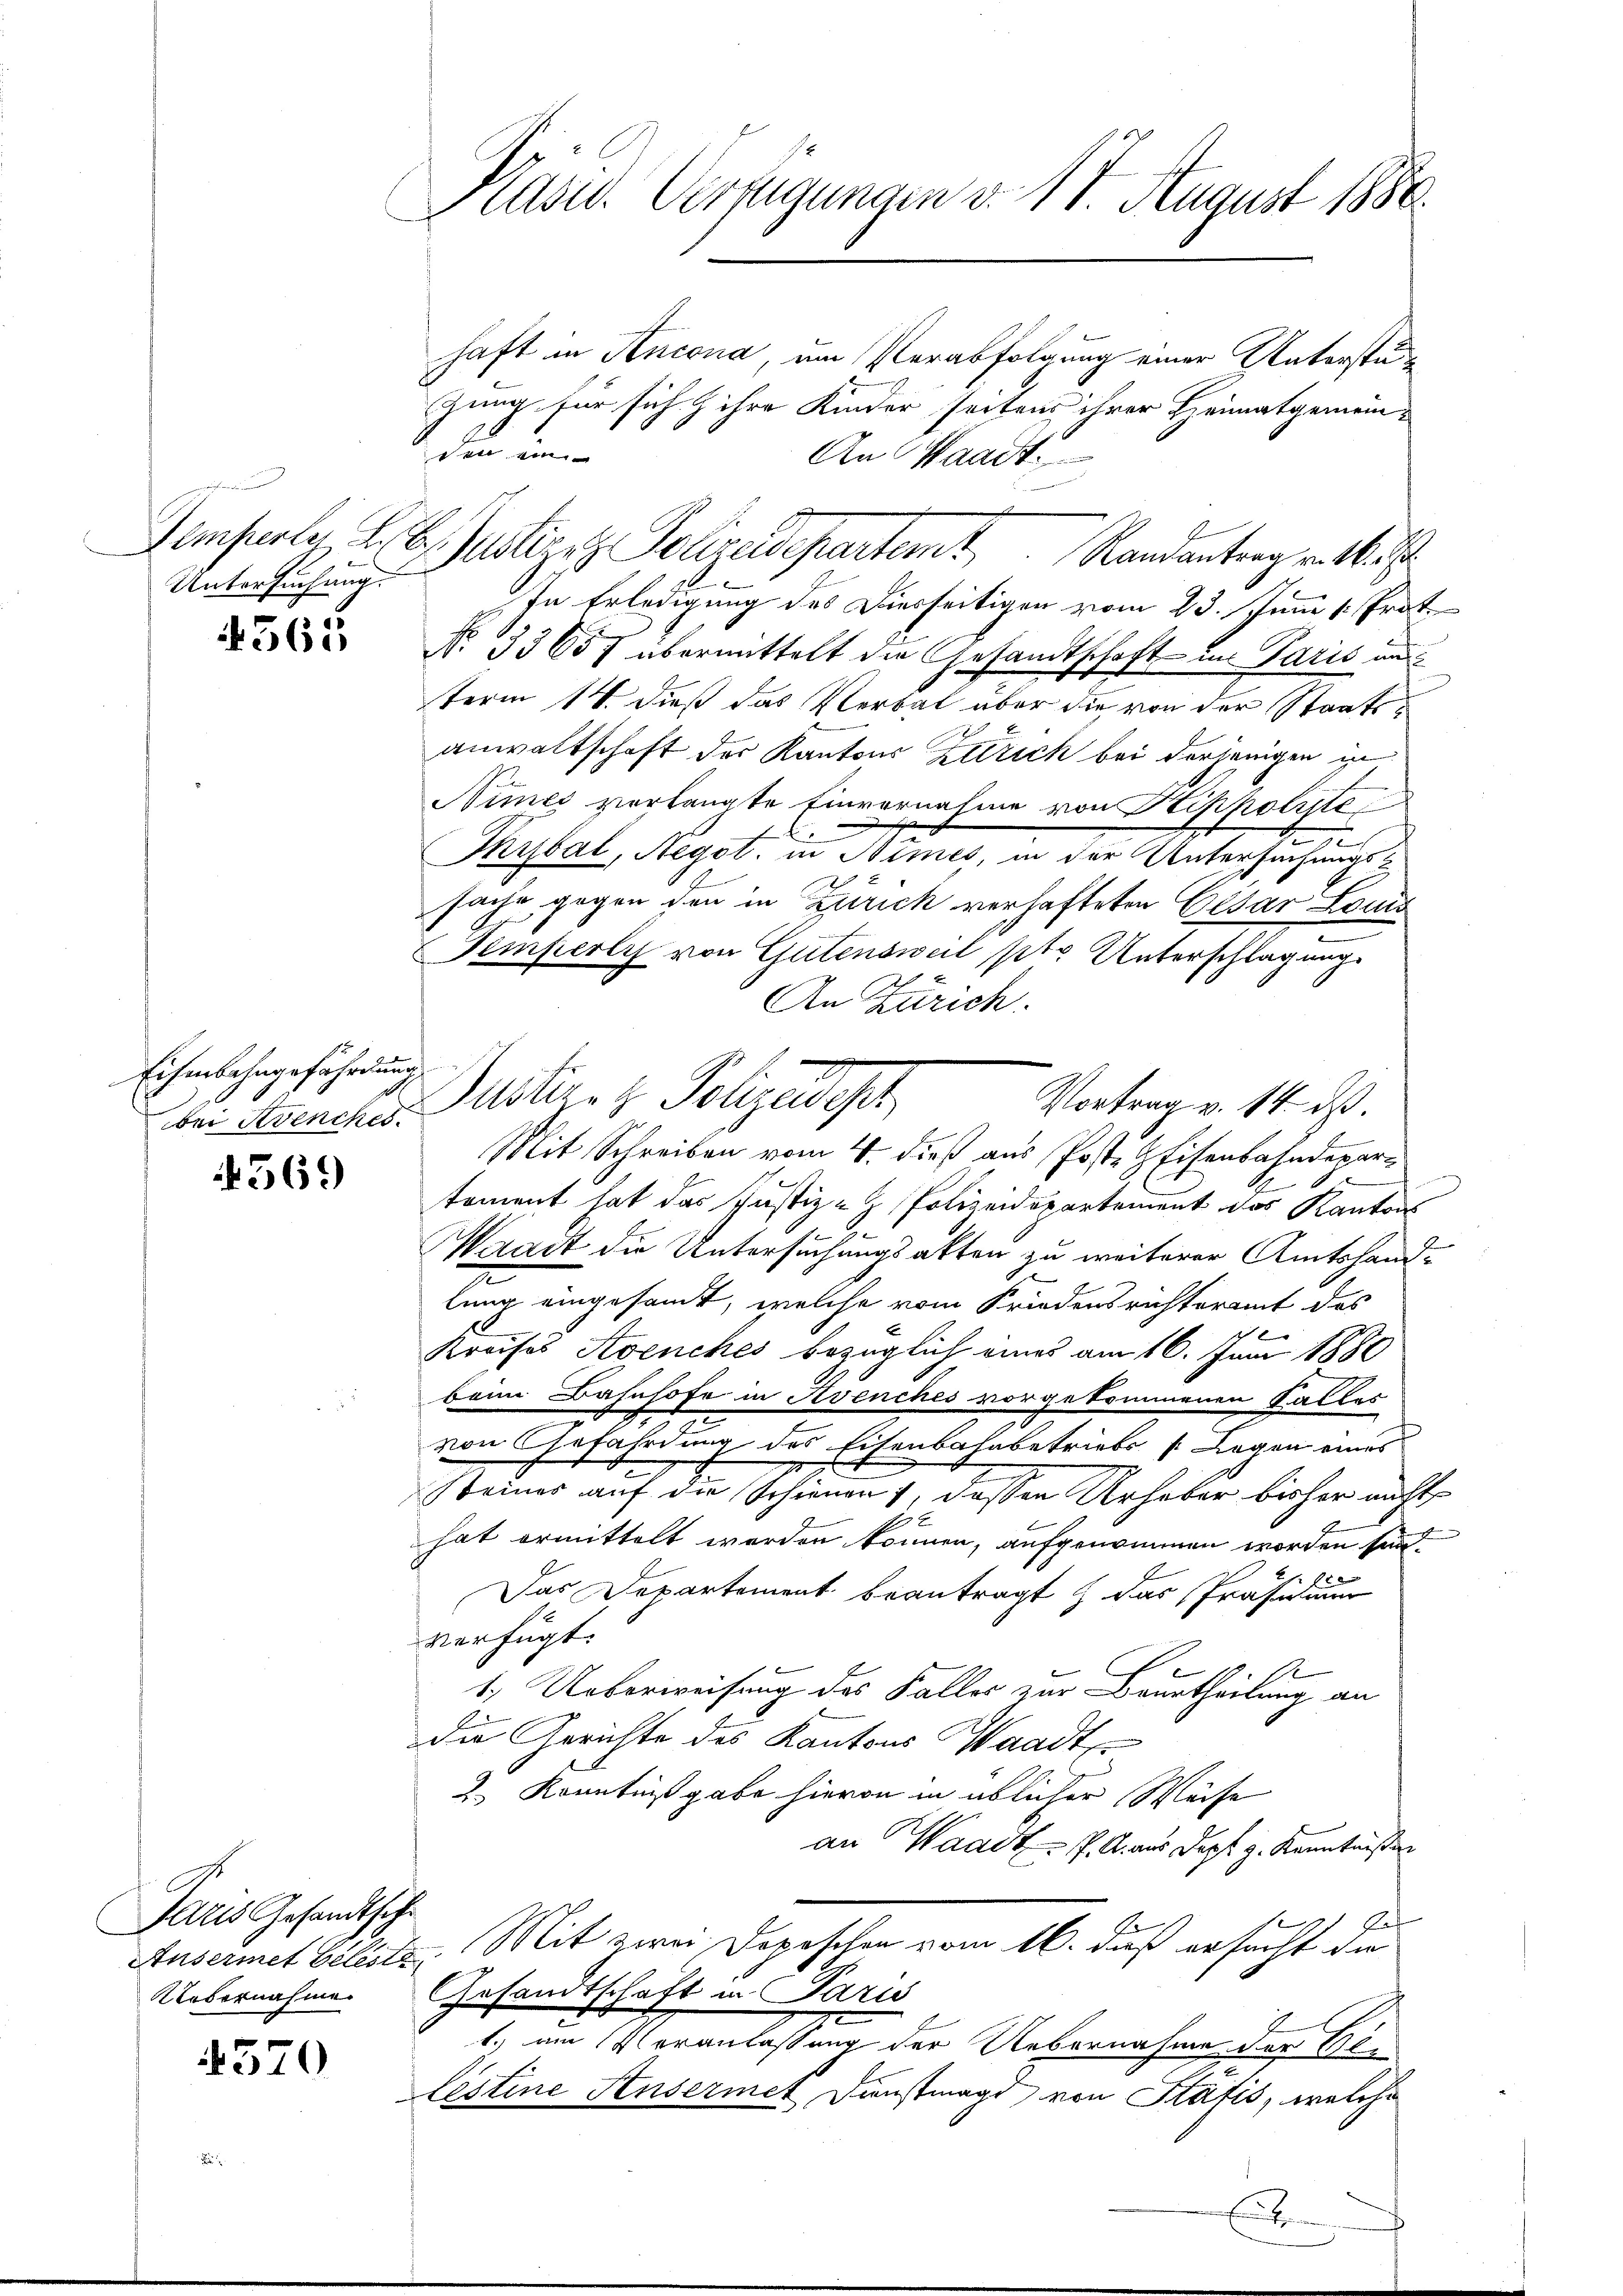
Untersuchung.

565

Eihmbehngefährdung
bei Stvenches.

369

Paris Gesandtsche
Uebernahme

4570

Präsid. Verfügungen v. 17. August 1880.

haft in Ancona, um Verabfolgung einer Unterstügung für sich & ihre Kinder seitens ihrer Heimatgemein-
den ein
An Waadt.
Gamperli d. 6. Justirez Polizeidepartemt Randantrag v. M.
In Erledigung des Diesseitigen vom 23. Juni 1. Prot
No 33657 übermittelt die Gesandtschaft ins Paris und
term 14. dieß das Verbat über die von der Staatsanwaltschaft der Kantons Zutrich bei derjenigen in
Nimes verlangte Einvernahme von Klippolrite
2
Thibal, Regot. in Himes, in der Untersuchungssache gegen den in Zürich verhafteten Cesar Louis
Gemperey von Gutensweil ptr. Unterschlagung
x
An Zürich.
Justiz- & Polizeidisch
Vortrag v. 14. ds.
Mit Schreiben vom 4. dieß aus Poste Eisenbahndepartoment hat das Justiz-Z. Polizeidepartement des Kantons
s
Waadt die Untersuchungsakten zu weiterer Amtshand-
lung eingesamt, welche vom Friedensrichteramt des
6
Kreises Avenches bezüglich eines am 16. Juni 1880
beim Bahnhofe in Avenches vorgekommenen Falles
von Gefährdung des Eisenbahnbetriebs (Legen eines
Keines auf die Schiener 1, dassen Urhaber bisher nicht
hat ermittelt werden können, aufgenommen worden sein.
x
Das Departement beantragt, das Präsi
verfügt:
1.) Ueberweisung des Falles zur Beurtheilung an
die Gerichte des Kantons Waadt,
2.) Kenntnißgabe hievon in üblicher Weise
an Waadt P. R. aus Dopf z. Kenntnißen
pat
Ausermet Elleste. Mit zwei Dopischen vom 16. daß ersucht die
Gesandtschaft in Paris
t. am Veranlassung der Uebernahme der Gl
listine Ansermet Dienstmagd von Stafis, welche
E